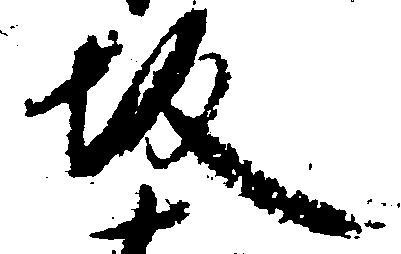
坂